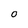
Character: O